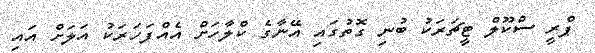
ޕްރީ ސްކޫލް ޓީޗަރަކު ބުނި ގޮތުގައި އޭނާގެ ކްލާހަށް އެއްފަހަރަކު އަލަށް އައި